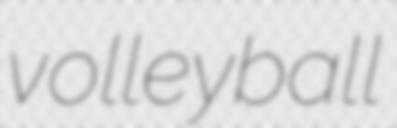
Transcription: volleyball